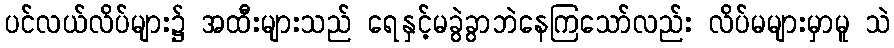
ပင်လယ်လိပ်များ၌ အထီးများသည် ရေနှင့်မခွဲခွာဘဲနေကြသော်လည်း လိပ်မများမှာမူ သဲ